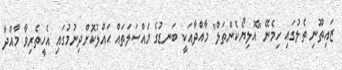
ޒައިތޫނި ތެލުގައި ހިމެނޭ "އޮލިޔޯކެންތަލް" މާއްދާއަކީ ބަނޑުގެ މައްސަލަތައް ޙައްލުކޮށްދިނުމުގައި އެހީތެރިވާ މާއްދާ